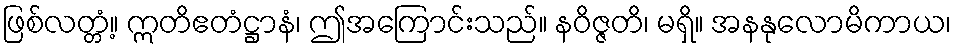
ဖြစ်လတ္တံ့။ ဣတိဧတံဋ္ဌာနံ၊ ဤအကြောင်းသည်။ နဝိဇ္ဇတိ၊ မရှိ။ အနနုလောမိကာယ၊